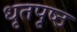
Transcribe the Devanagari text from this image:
धृतपृष्ठ